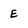
Character: E